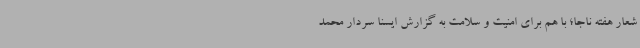
شعار هفته ناجا؛ با هم برای امنیت و سلامت به گزارش ایسنا سردار محمد